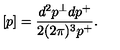
[ p ] = \frac { d ^ { 2 } p ^ { \perp } d p ^ { + } } { 2 ( 2 \pi ) ^ { 3 } p ^ { + } } .